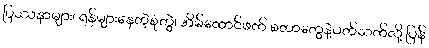
ပြဿနာများ၊ ရန်များနေတဲ့စုံတွဲ၊ အိမ်ထောင်ဖက် စတာတွေနဲ့ပတ်သက်လို့ ပြန်